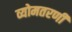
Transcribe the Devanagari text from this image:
व्योमतरणी